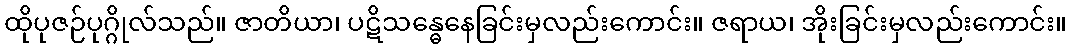
ထိုပုဇဉ်ပုဂ္ဂိုလ်သည်။ ဇာတိယာ၊ ပဋိသန္ဓေနေခြင်းမှလည်းကောင်း။ ဇရာယ၊ အိုးခြင်းမှလည်းကောင်း။